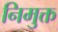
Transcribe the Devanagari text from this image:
निमुक्त